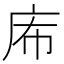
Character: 𢇴